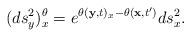
LaTeX: \begin{align*}(ds^{2}_{y})_{x}^{\theta}=e^{\theta(\mathbf{y},t)_{x}-\theta(\mathbf{x},t')}ds^{2}_{x}.\end{align*}